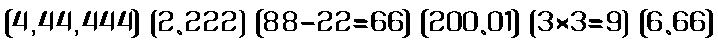
{4,44,444} (2.222) [88-22=66] {200.01} (3×3=9) [6.66]